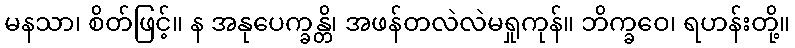
မနသာ၊ စိတ်ဖြင့်။ န အနုပေက္ခန္တိ၊ အဖန်တလဲလဲမရှုကုန်။ ဘိက္ခဝေ၊ ရဟန်းတို့။